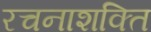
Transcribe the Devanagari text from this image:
रचनाशक्ति